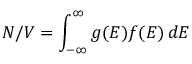
N / V = \int _ { - \infty } ^ { \infty } g ( E ) f ( E ) \, d E